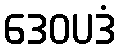
ဒေဝပဒံ